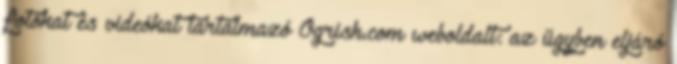
fotókat és videókat tartalmazó Ogrish.com weboldalt: az ügyben eljáró